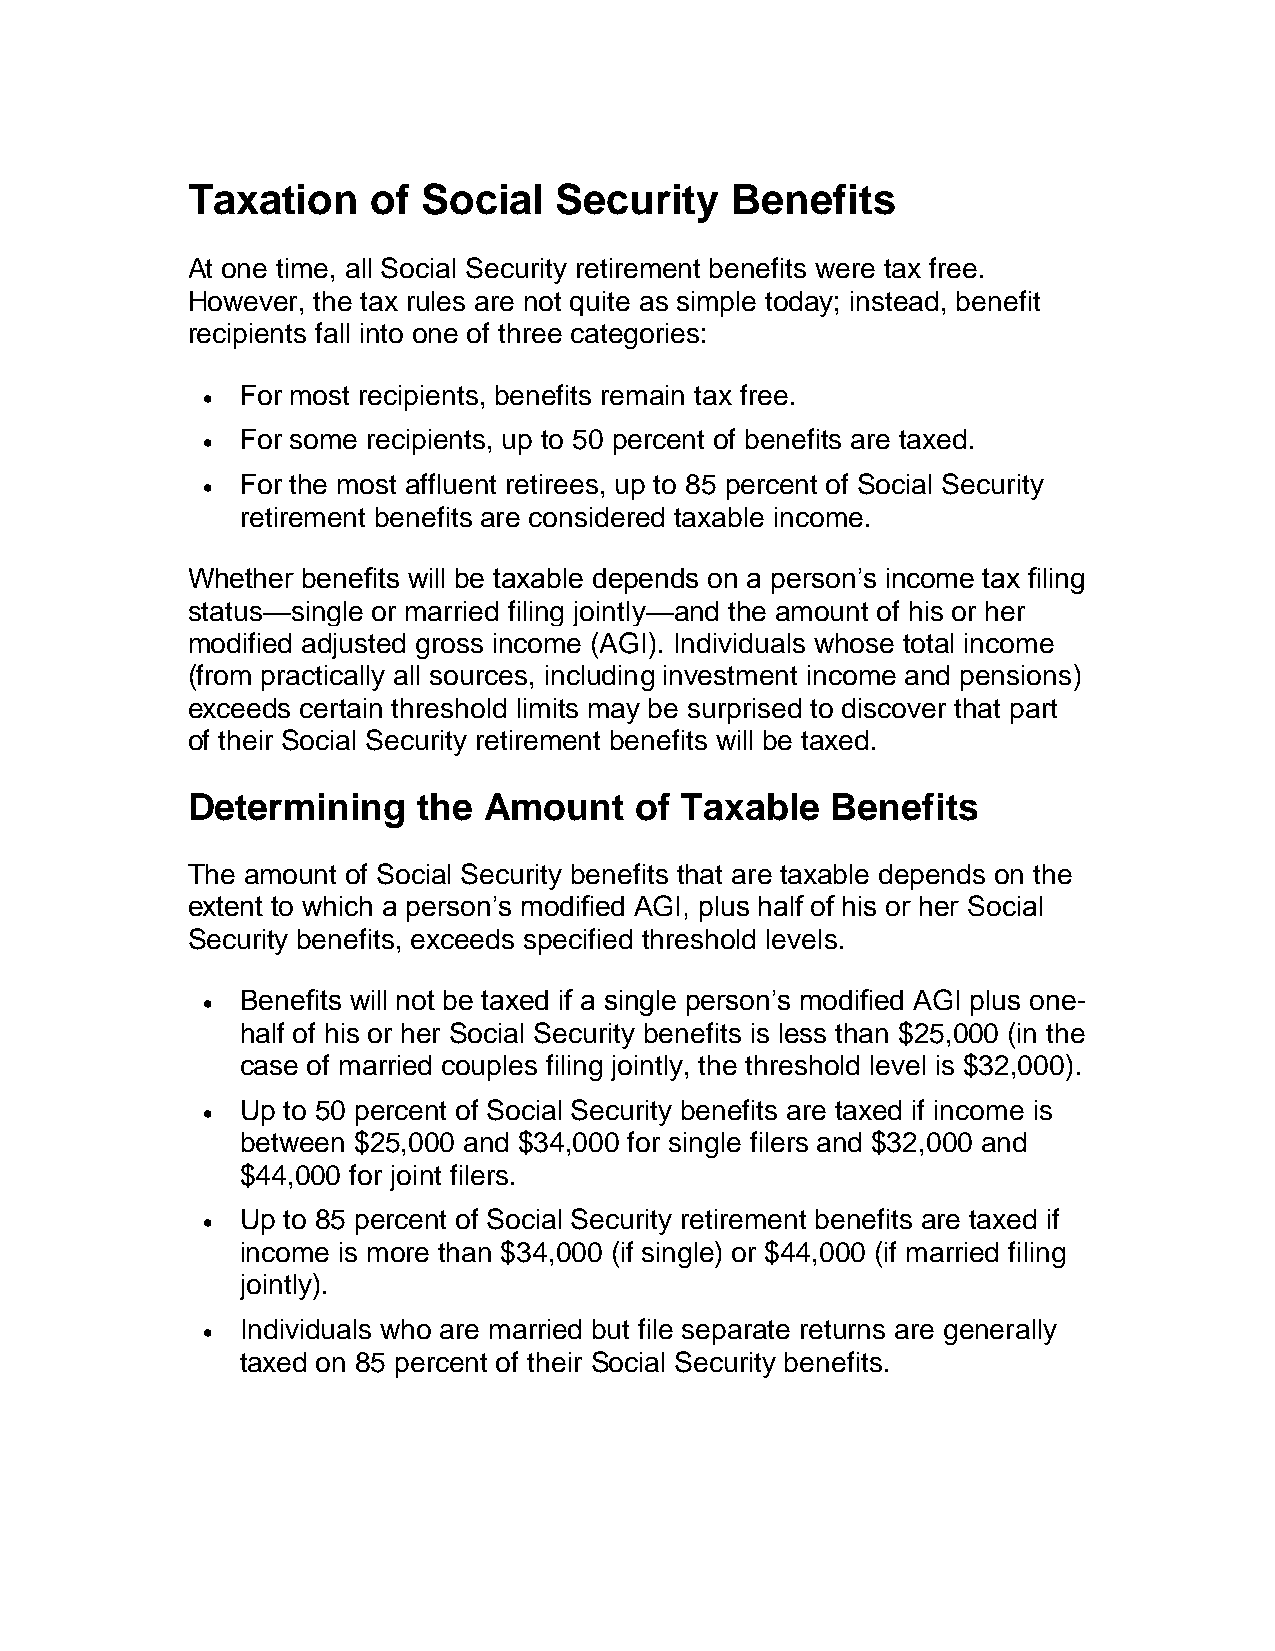
Taxation     of Social   Security   Benefits
 At one time, all Social Security retirement benefits were tax free.
 However, the tax rules are not quite as simple today; instead, benefit
 recipients fall into one of three categories:
   For most recipients, benefits remain tax free.
   For some recipients, up to 50 percent of benefits are taxed.
   For the most affluent retirees, up to 85 percent of Social Security
 retirement benefits are considered taxable income.
 Whether benefits will be taxable depends on a person’s income tax filing
 status—single or married filing jointly—and the amount of his or her
 modified adjusted gross income (AGI). Individuals whose total income
 (from practically all sources, including investment income and pensions)
 exceeds certain threshold limits may be surprised to discover that part
 of their Social Security retirement benefits will be taxed.
 Determining     the Amount    of Taxable   Benefits
 The amount of Social Security benefits that are taxable depends on the
 extent to which a person’s modified AGI, plus half of his or her Social
 Security benefits, exceeds specified threshold levels.
   Benefits will not be taxed if a single person’s modified AGI plus one-
 half of his or her Social Security benefits is less than $25,000 (in the
 case of married couples filing jointly, the threshold level is $32,000).
   Up to 50 percent of Social Security benefits are taxed if income is
 between $25,000 and $34,000 for single filers and $32,000 and
 $44,000 for joint filers.
   Up to 85 percent of Social Security retirement benefits are taxed if
 income is more than $34,000 (if single) or $44,000 (if married filing
 jointly).
   Individuals who are married but file separate returns are generally
 taxed on 85 percent of their Social Security benefits.